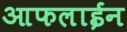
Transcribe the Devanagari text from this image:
आफलाईन